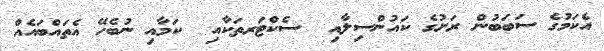
އެކަމުގެ ސަބަބުން ރަށުގެ ކައުންސިލާއި  ސެކްޓަރތަކާއި  ކަމާއި ނުބެހޭ އެތައްބައެއް